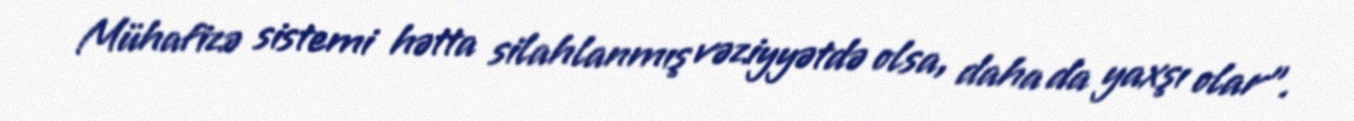
Mühafizə sistemi hətta silahlanmış vəziyyətdə olsa, daha da yaxşı olar”.